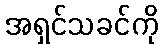
အရှင်သခင်ကို